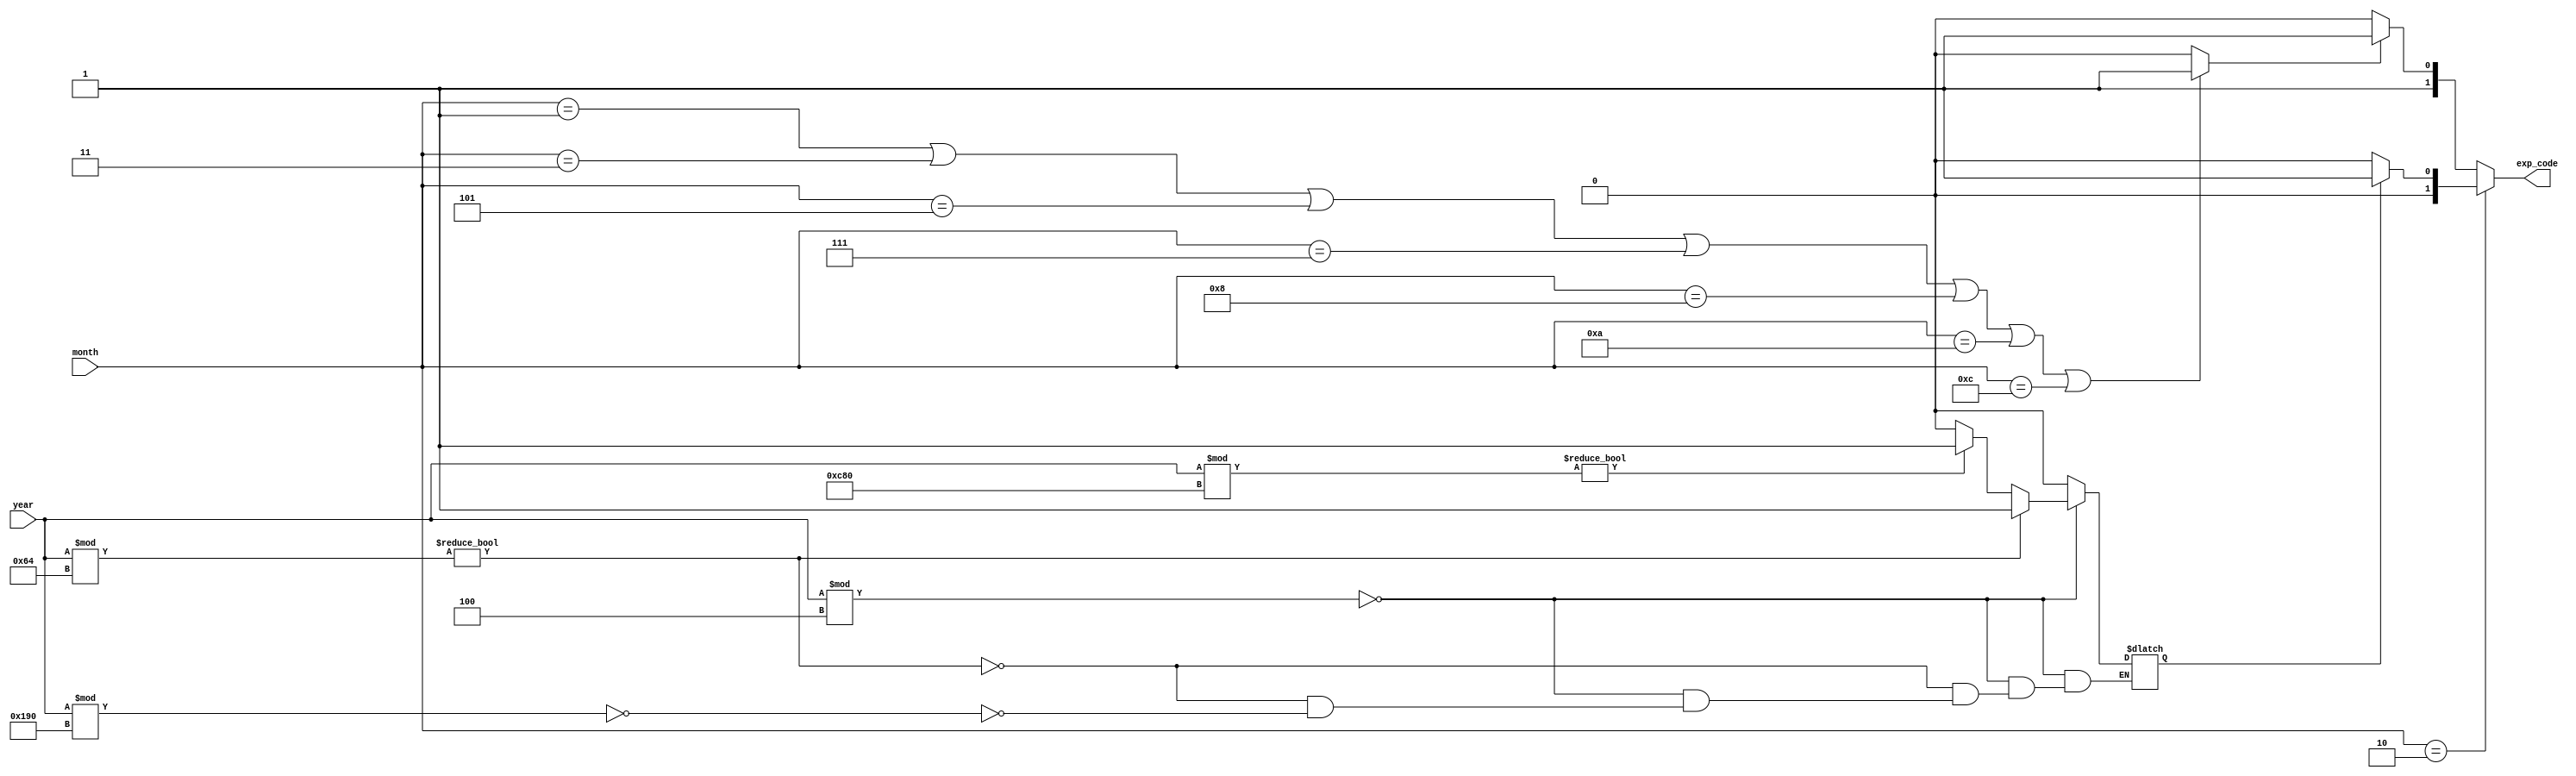
`timescale 1ns / 1ps

module ExceptFor(
    input[13:0] year,
    input[3:0] month,
    output reg [1:0] exp_code
    // output reg LeapYear, BigMonth, Feb
);
    //  
    //  exp_code=00     2-28
    //  exp_code=01     2-29
    //  exp_code=10     -30
    //  exp_code=11     -31

    reg LeapYear;  //
    reg BigMonth, Feb; //

    //
    always @ (*) begin
        if (year%4==0) begin
            if (year%100!=0)
                LeapYear = 1'b1;
            else if (year%400==0) begin
                if (year%3200!=0)
                    LeapYear = 1'b1;
                else
                    LeapYear = 1'b0;
            end
        end
        else
            LeapYear = 1'b0;
    end

    //
    always @ (*) begin
        if (
            (month==4'd1)||
            (month==4'd3)||
            (month==4'd5)||
            (month==4'd7)||
            (month==4'd8)||
            (month==4'd10)||
            (month==4'd12)
            )
            BigMonth = 1'b1;
        else
            BigMonth = 1'b0;
    end

    //
    always @ (*) begin
        Feb = (month==4'd2);
    end
    // assign Feb = (month==4'd2);

    //
    always @ (*) begin
        if (Feb) begin
            if (~LeapYear)
                exp_code = 2'b00;
            else
                exp_code = 2'b01;
        end
        else begin
            if (~BigMonth)
                exp_code = 2'b10;
            else
                exp_code = 2'b11; 
        end
    end

endmodule